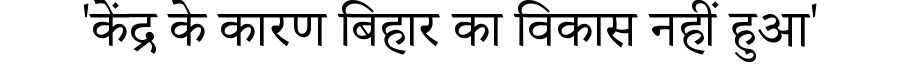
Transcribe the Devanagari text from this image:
'केंद्र के कारण बिहार का विकास नहीं हुआ'